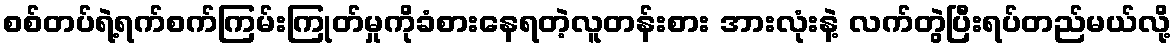
စစ်တပ်ရဲ့ရက်စက်ကြမ်းကြုတ်မှုကိုခံစားနေရတဲ့လူတန်းစား အားလုံးနဲ့ လက်တွဲပြီးရပ်တည်မယ်လို့